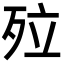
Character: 㱞